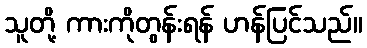
သူတို့ ကားကိုတွန်းရန် ဟန်ပြင်သည်။